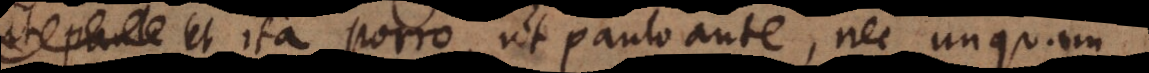
etc. et ita porro, ut paulo ante, nec unquam